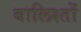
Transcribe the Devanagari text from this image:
बालिश्तों